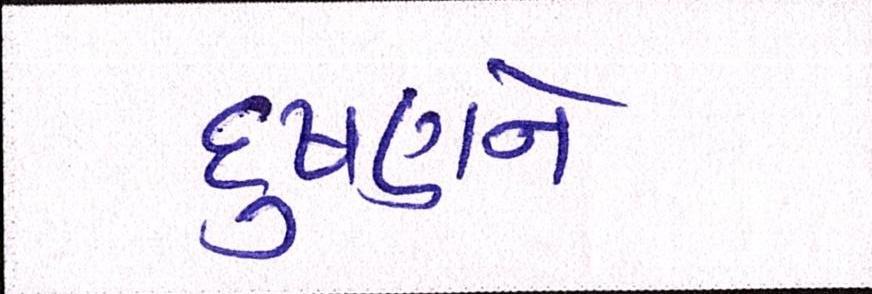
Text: દુષણને